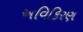
અવિકિરણ